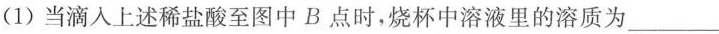
(1)当滴入上述稀盐酸至图中B点时，烧杯中溶液里的溶质为____